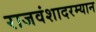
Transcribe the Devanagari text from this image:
राजवंशादरम्यान